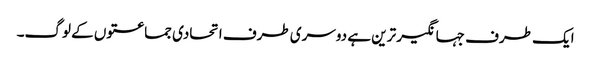
ایک طرف جہانگیر ترین ہے دوسری طرف اتحادی جماعتوں کے لوگ۔